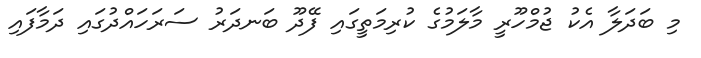
މި ބަދަލާ އެކު ޖުމްހޫރީ މާލަމުގެ ކުރިމަތީގައި ފޭދޫ ބަނދަރު ސަރަހައްދުގައި ދަމާފައި